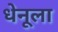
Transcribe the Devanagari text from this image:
धेनूला